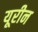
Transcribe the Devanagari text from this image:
यूरीन